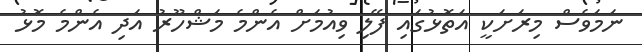
ނަމަވެސް މިރަށަކީ އަތޮޅުގައި ފޭލި ވިއުމަށް އެންމެ މަޝްހޫރު އަދި އެންމެ މޮޅު